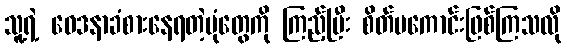
သူ့ရဲ့ ဝေဒနာခံစားနေရတဲ့ပုံတွေကို ကြည့်ပြီး စိတ်မကောင်းဖြစ်ကြသလို